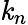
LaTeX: \mathit{k}_{n}